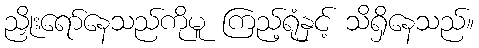
ညှိုးရော်နေသည်ကိုမူ ကြည့်ရုံနှင့် သိရှိနေသည်။